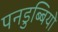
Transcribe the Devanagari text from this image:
पनडुब्बियो